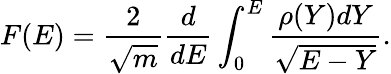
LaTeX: F(E)=\frac 2{\sqrt{m}}\frac d{dE}\int_{0}^{E}\frac{\rho(Y)dY}{\sqrt{E-Y}}.